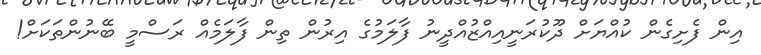
އިން ފެށިގެން ކުއްޔަށް ދޫކުރަނީއިއްޒުއްދީނު ފާލަމުގެ އިރުން ތިން ފާލަމެއް ރަސްމީ ބޭނުންތަކަށް!